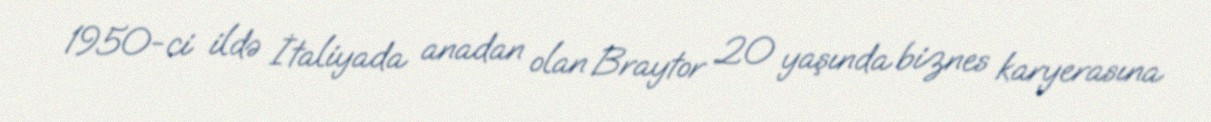
1950-ci ildə İtaliyada anadan olan Braytor 20 yaşında biznes karyerasına